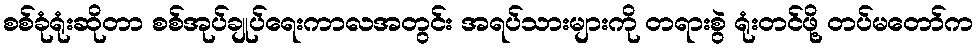
စစ်ခုံရုံးဆိုတာ စစ်အုပ်ချုပ်ရေးကာလအတွင်း အရပ်သားများကို တရားစွဲ ရုံးတင်ဖို့ တပ်မတော်က